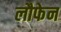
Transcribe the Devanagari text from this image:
लौफेन